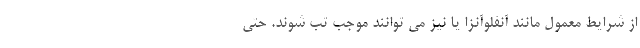
از شرایط معمول مانند آنفلوآنزا یا نیز می توانند موجب تب شوند. حتی